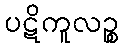
ပဋိကူလဉ္စ